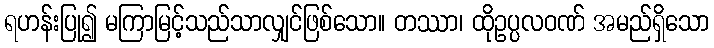
ရဟန်းပြု၍ မကြာမြင့်သည်သာလျှင်ဖြစ်သော။ တဿာ၊ ထိုဥပ္ပလဝဏ် အမည်ရှိသော